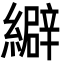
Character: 䌟